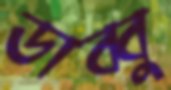
ডাব্বু